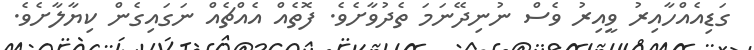
ގަޑިއެއްހާއިރު ވީއިރު ވެސް ނުނިދޭނަމަ ތެދުވާށެވެ. ފޮތެއް އެއްޗެއް ނަގައިގެން ކިޔާލާށެވެ.